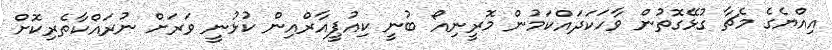
އިއްޔެގެ މެޗާ ގުޅޭގޮތުން ވާހަކަދައްކަމުން މޮރީނިއޯ ބުނީ ކިއުޕީއާރްއިން ކުޅުނީ ވަރަށް ނުރައްކާތެރިކޮށް